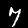
Digit: 7